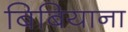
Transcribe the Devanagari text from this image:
बिबियाना